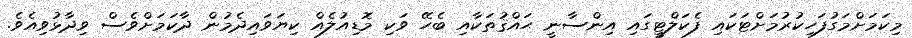
މިކަމަށްމަގުފަހިކުރުމަށްޓަކައި ފެކަލްޓީގައި އިންސާނީ ޙައްޤުތަކާއި ބެހޭ ވަކި މޮޑިއުލެއް ކިޔަވައިދެމުން ދާކަމަށްވެސް ވިދާޅުވިއެވެ.